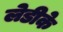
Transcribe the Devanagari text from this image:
लेडीके